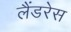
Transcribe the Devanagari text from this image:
लैंडरेस